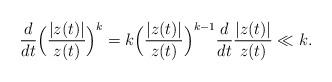
LaTeX: \begin{align*} \frac{d}{dt} \Big(\frac{|z(t)|}{z(t)}\Big)^k = k \Big(\frac{|z(t)|}{z(t)}\Big)^{k-1} \frac{d}{dt} \frac{|z(t)|}{z(t)} \ll k.\end{align*}